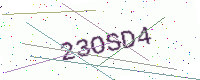
Text: 23OSD4